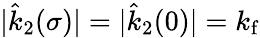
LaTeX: |\hat{k}_{2}(\sigma)|=|\hat{k}_{2}(0)|=k_{\mathrm{f}}